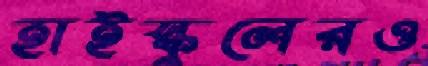
হাইস্কুলেরও